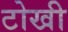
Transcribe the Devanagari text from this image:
टोखी